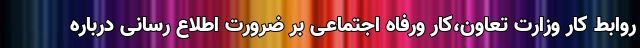
روابط کار وزارت تعاون،کار ورفاه اجتماعی بر ضرورت اطلاع رسانی درباره